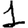
Digit: 1